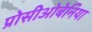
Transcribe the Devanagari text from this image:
प्रोसीओबेनिया